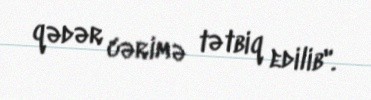
qədər cərimə tətbiq edilib".